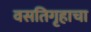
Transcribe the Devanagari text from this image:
वसतिगृहाचा